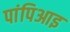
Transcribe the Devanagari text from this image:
पांपिआइ